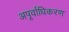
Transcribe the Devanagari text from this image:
अपूर्वाधिकरण